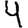
Digit: 4